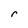
Character: r